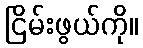
ငြိမ်းဖွယ်ကို။